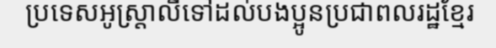
ប្រទេសអូស្ត្រាលីទៅដល់បងប្អូនប្រជាពលរដ្ឋខ្មែរ